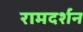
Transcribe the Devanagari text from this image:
रामदर्शन